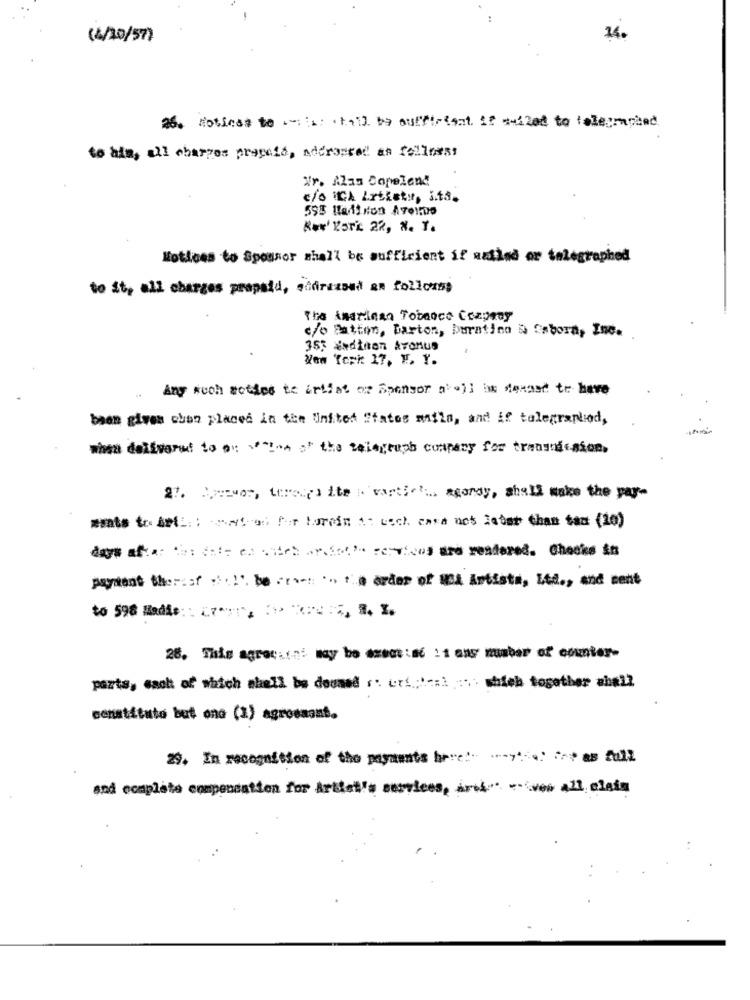
(4/10/57)
14.
26. Noticas to .:: ti] be sufficient. if sulled to telegraphed
to him, all charges precio, addressed as follows!
Nr. Alas Copeland
c/o ICA Artisty, i.t3.
Rev' York 22, N. Y.
Notices to Sponsor shall be sufficient if azind or telegraphed
to it, all charges prepaid, cidrezona an follows!
The American Tobacco Company
c/o Patton, Barton, Duration & Cabora, Inc.
353 Nadinen ATOMun
Wow Topi: 17. E. Y.
Any wuch sotdes te artist of Sponsor a'.)l bs senast te have
baen gives chon placed in the United States mails, and if tolegrandiod,
when delfygrad to av \" !- a of the telegraph company for transmission,
2%. Beevor, terenos the a vartic's agoray, shall make the pay-
mate to Ani: : status for turen At each cara acs later than tam (10)
days afa: the date en citet .p.S.o." services are rendered. Chocks &#
payant therest . .! '. be cr **: . .. .. order of MCA Artista, Ltd ., and cent
to 598 Madie: : 47 ** * **
28. This agreckon: may be esecs :s6 :1 ans number of counter-
parts, sacht of which shall be doumed r: uri ::::: which together shall
constitute but one (1) agrosnant.
29. In recognition of the payments here !- "-y-4 *** a8 f1
and ecapiste compensation for Artist's services, arci - veo all ciais